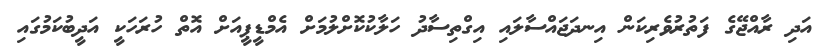
އަދި ރާއްޖޭގެ ފަތުރުވެރިކަން އިނދަޖައްސާލައި އިގްތިސާދު ހަލާކުކޮށްލުމަށް އެމްޑީޕީއަށް އޮތް ހުރަހަކީ އަދީބުކަމުގައި